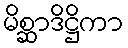
မိစ္ဆာဒိဋ္ဌိကာ